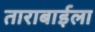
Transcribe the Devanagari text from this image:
ताराबाईला